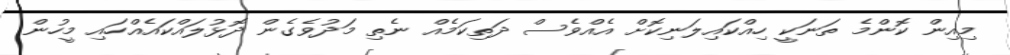
މިއިން ކޮންމެ ތަނަކީ ހިއްކައިލަނިކޮށް އެއްވެސް ދަތިކަމެއް ނެތި މަދުވެގެން ދޮޅުލައްކައެއްހައި މީހުން